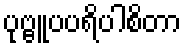
ပုဗ္ဗူပပရိပါစိတာ